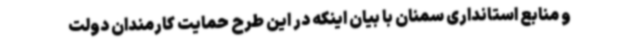
و منابع استانداری سمنان با بیان اینکه در این طرح حمایت کارمندان دولت